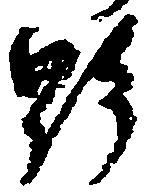
野